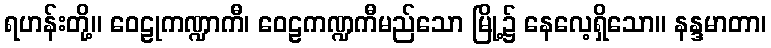
ရဟန်းတို့။ ဝေဠုကဏ္ဍာကီ၊ ဝေဠကဏ္ဍကီမည်သော မြို့၌ နေလေ့ရှိသော။ နန္ဒမာတာ၊